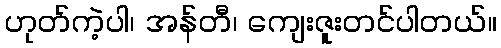
ဟုတ်ကဲ့ပါ၊ အန်တီ၊ ကျေးဇူးတင်ပါတယ်။